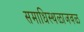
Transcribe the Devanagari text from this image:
समाधिस्थळाजवळ